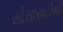
સોસાયટીથી